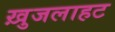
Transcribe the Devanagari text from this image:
ख़ुजलाहट